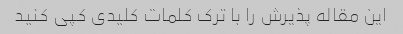
این مقاله پذیرش را با ترک کلمات کلیدی کپی کنید